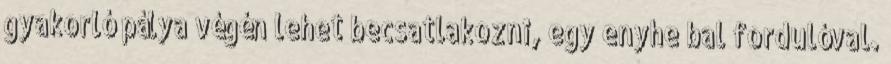
gyakorló pálya végén lehet becsatlakozni, egy enyhe bal fordulóval.